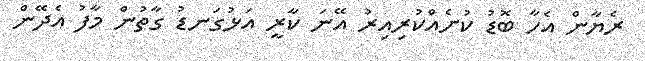
ރެޔާން އެހާ ބޮޑު ކުށެއްކުރިއިރު އޭނަ ކާރީ އަޅުގަނޑު ގާތުން މާފު އެދޭން